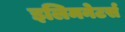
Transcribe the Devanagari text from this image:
इलिमनेटर्स